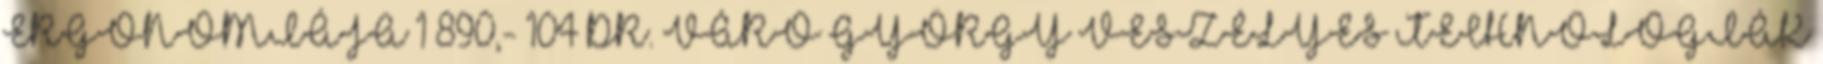
ERGONÓMIÁJA 1 890,- 104 DR. VÁRÓ GYÖRGY VESZÉLYES TECHNOLÓGIÁK